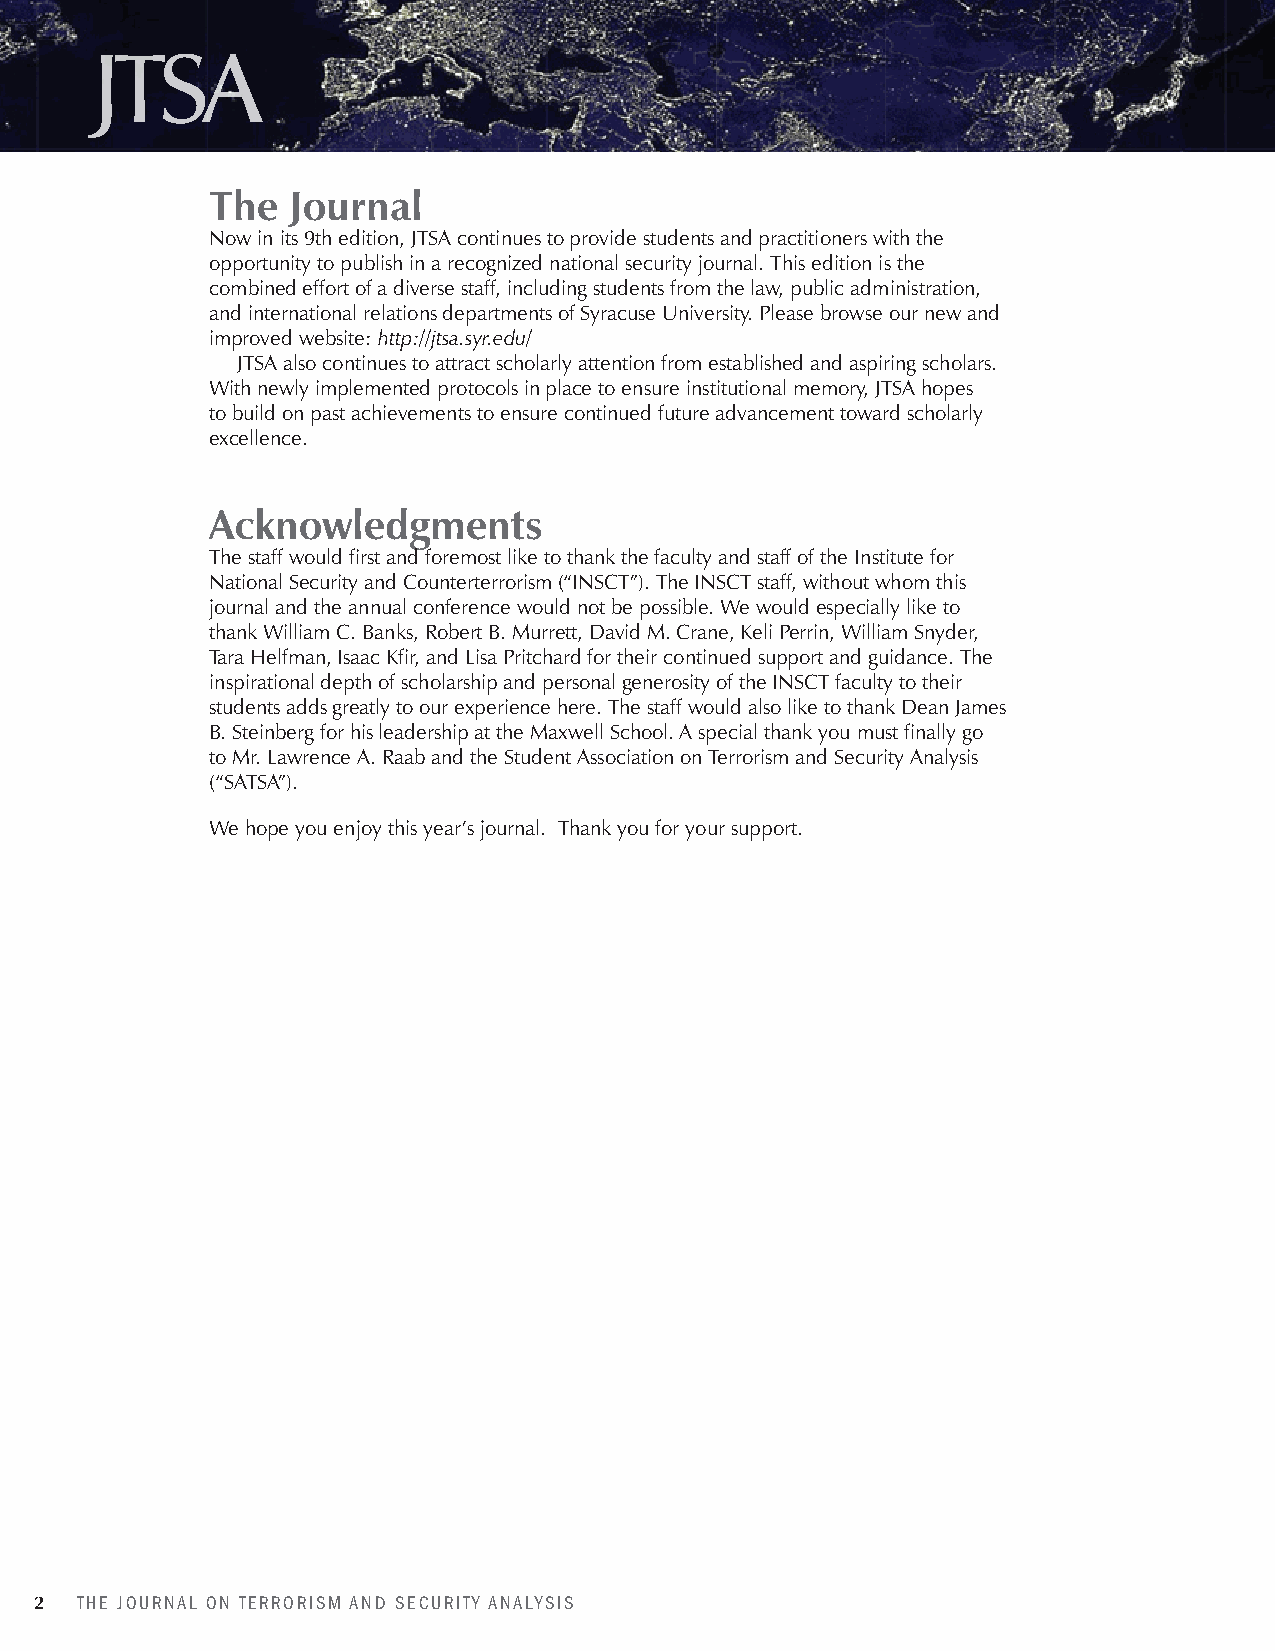
JTSA
 The  Journal
 Now in its 9th edition, JTSA continues to provide students and practitioners with the
 opportunity to publish in a recognized national security journal. This edition is the
 combined effort of a diverse staff, including students from the law, public administration,
 and international relations departments of Syracuse University. Please browse our new and
 improved website: http://jtsa.syr.edu/
 JTSA also continues to attract scholarly attention from established and aspiring scholars.
 With newly implemented protocols in place to ensure institutional memory, JTSA hopes
 to build on past achievements to ensure continued future advancement toward scholarly
 excellence.
 Acknowledgments
 The staff would first and foremost like to thank the faculty and staff of the Institute for
 National Security and Counterterrorism (“INSCT”). The INSCT staff, without whom this
 journal and the annual conference would not be possible. We would especially like to
 thank William C. Banks, Robert B. Murrett, David M. Crane, Keli Perrin, William Snyder,
 Tara Helfman, Isaac Kfir, and Lisa Pritchard for their continued support and guidance. The
 inspirational depth of scholarship and personal generosity of the INSCT faculty to their
 students adds greatly to our experience here. The staff would also like to thank Dean James
 B. Steinberg for his leadership at the Maxwell School. A special thank you must finally go
 to Mr. Lawrence A. Raab and the Student Association on Terrorism and Security Analysis
 (“SATSA”).
 We hope you enjoy this year’s journal. Thank you for your support.
 2  THE JOURNAL ON TERRORISM AND SECURITY ANALYSIS